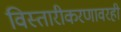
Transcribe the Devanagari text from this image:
विस्तारीकरणावरही